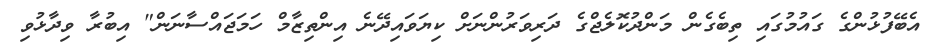
އެބޭފުޅުންގެ ގައުމުގައި ތިބެގެން މަންދުކޮލެޖްގެ ދަރިވަރުންނަށް ކިޔަވައިދޭނެ އިންތިޒާމް ހަމަޖައްސާނަން" އިބުރާ ވިދާޅުވި